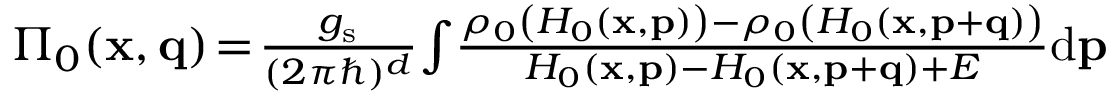
\begin{array} { r } { \Pi _ { 0 } ( \mathbf { x } , \mathbf { q } ) \! = \! \frac { g _ { \mathrm { s } } } { ( 2 \pi \hbar ) ^ { d } } \! \int \! \frac { \rho _ { 0 } \left( H _ { 0 } ( \mathbf { x } , \mathbf { p } ) \right) - \rho _ { 0 } \left( H _ { 0 } ( \mathbf { x } , \mathbf { p } + \mathbf { q } ) \right) } { H _ { 0 } ( \mathbf { x } , \mathbf { p } ) - H _ { 0 } ( \mathbf { x } , \mathbf { p } + \mathbf { q } ) + E } \mathrm { d } \mathbf { p } } \end{array}